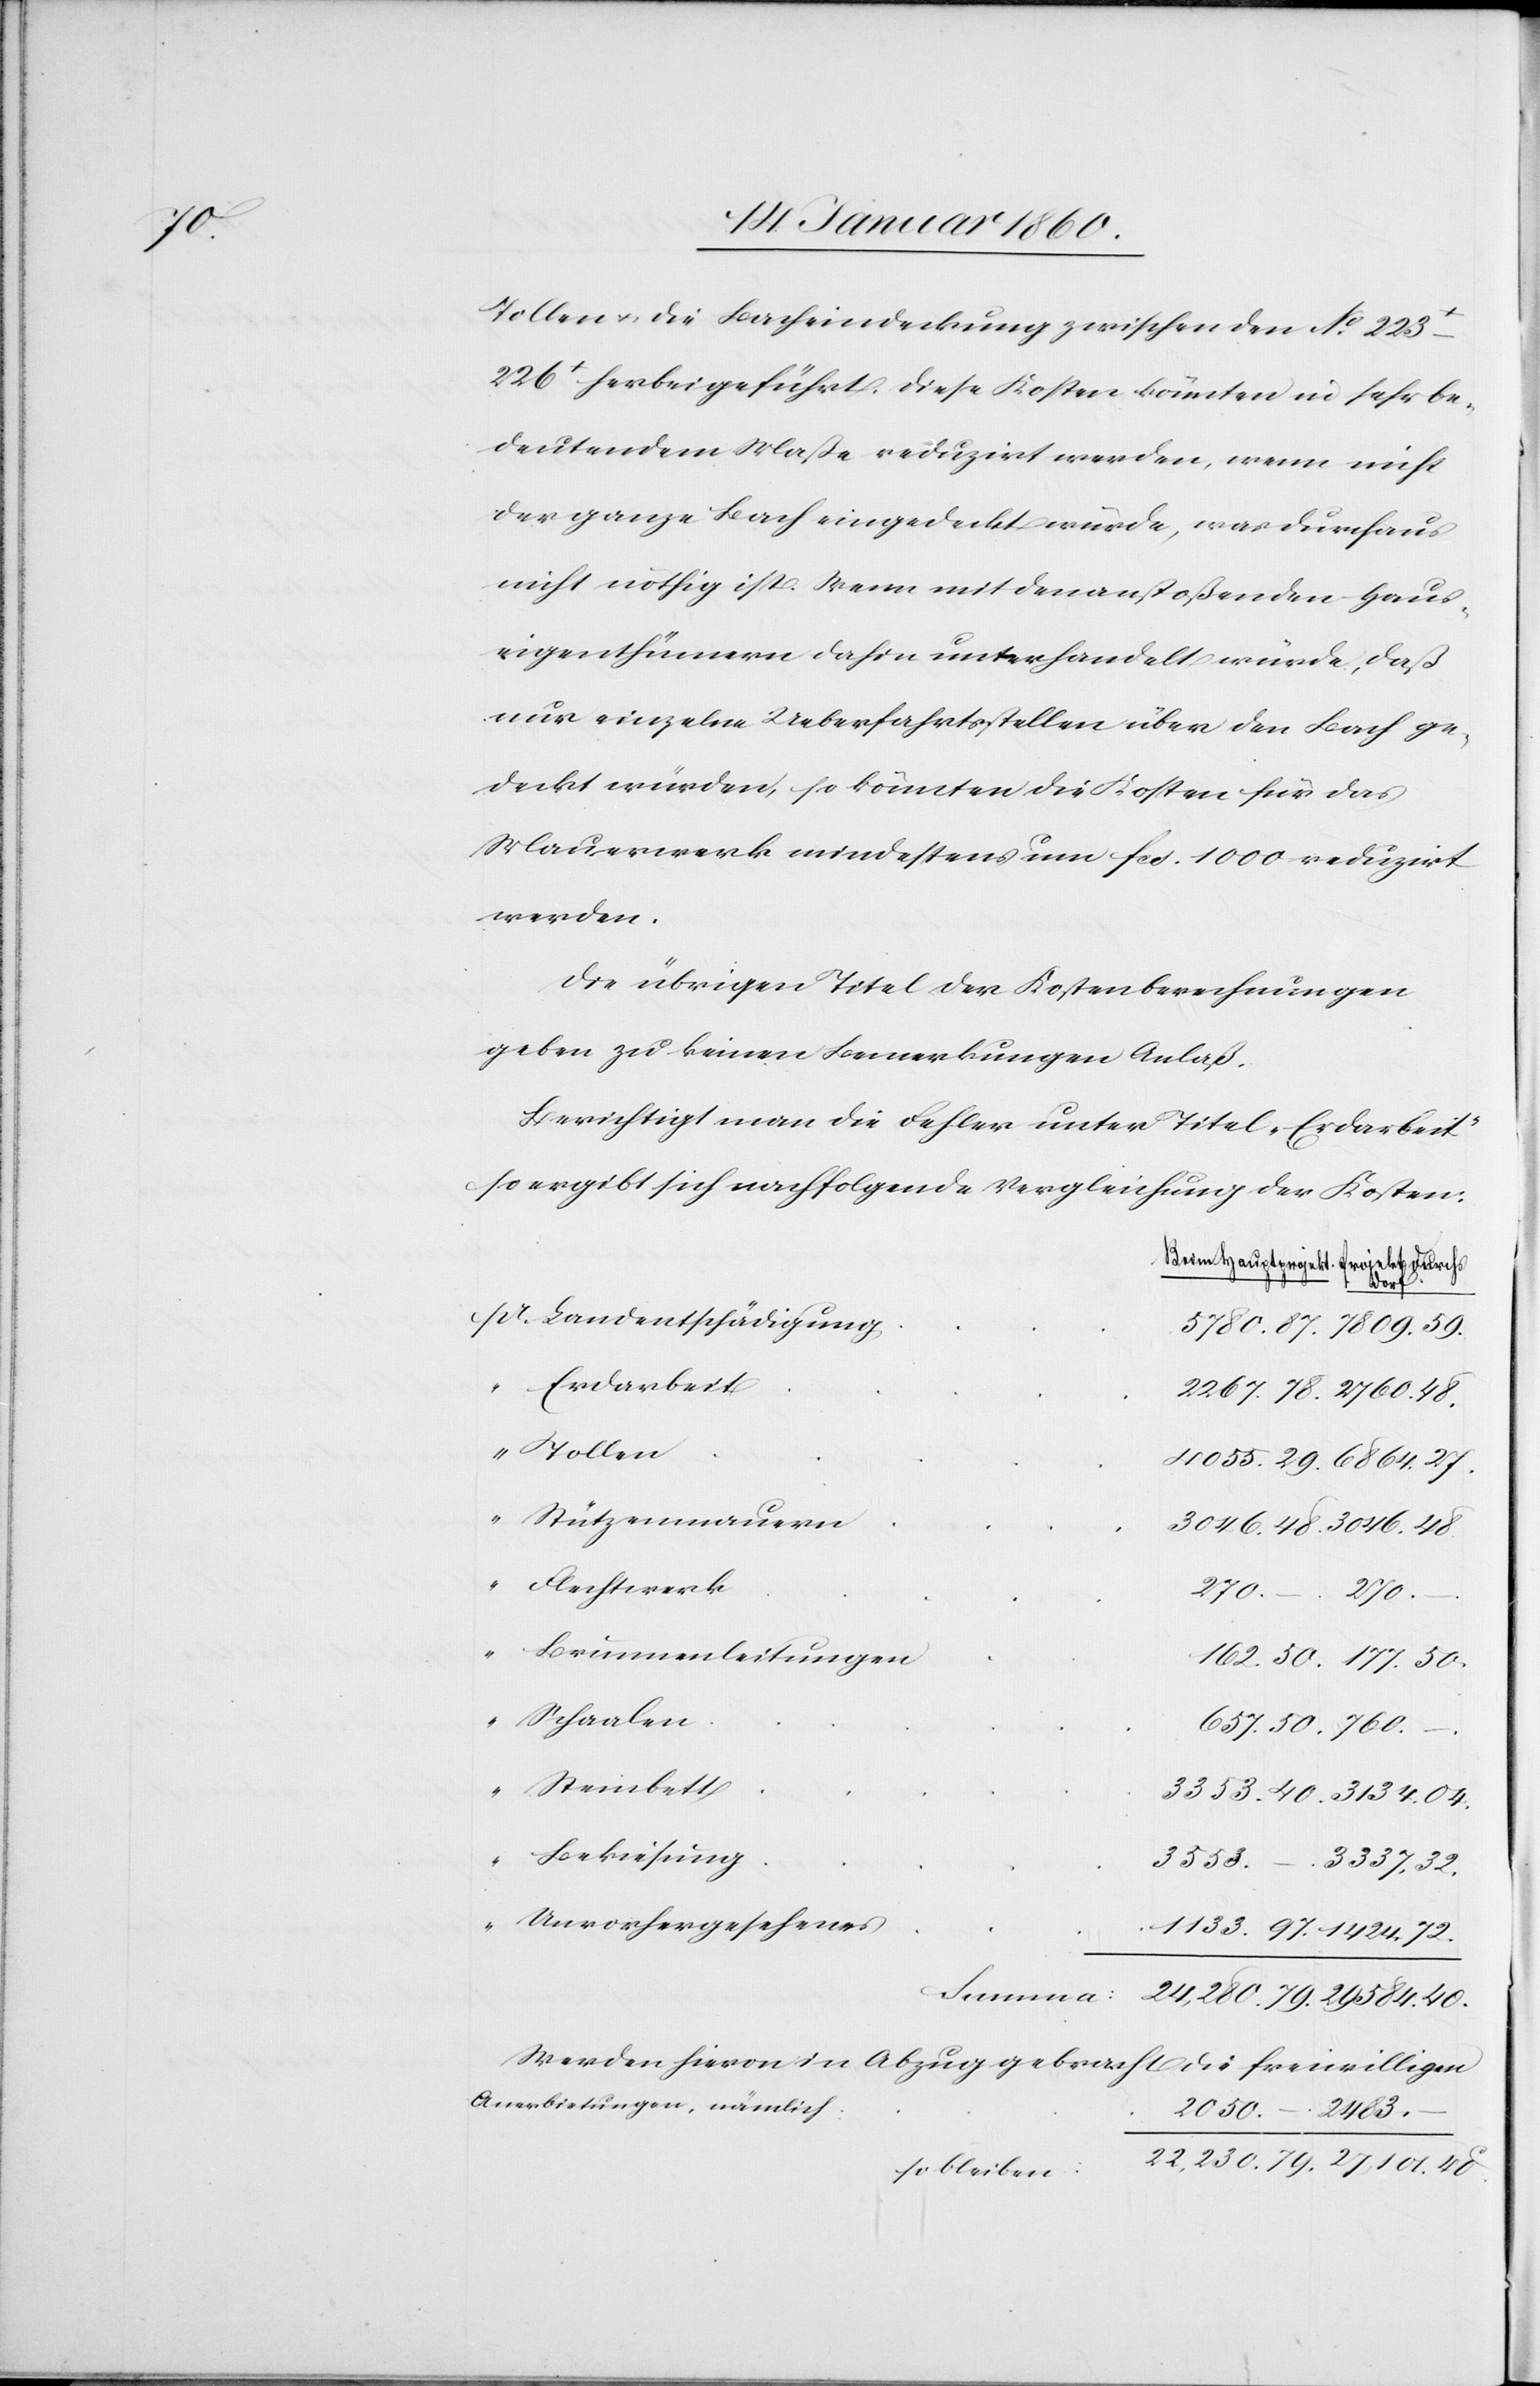
40.

Tollen u. die Bacheindeckung zwischen den No
223t–226t herbeigeführt. Diese Kosten könnten in sehr be¬
deutendem Maße reduzirt werden, wenn nicht
der ganze Bach eingedeckt würde, was durchaus
nicht nöthig ist. Wenn mit den anstoßenden Haus¬
eigenthümern dahin unterhandelt würde, daß
nur einzelne Ueberfahrsstellen über den Bach ge¬
deckt würden, so könnten die Kosten für das
Mauerwerk mindestens um fcs. 1000 reduzirt
werden.
Die übrigen Titel der Kostenberechnungen
geben zu keinen Bemerkungen Anlaß.
Berichtigt man die Fehler unter Titel „Erdarbeit“
so ergibt sich nachfolgende Vergleichung der Kosten:
Landentschädigung
Erdarbeit
Tollen
Stützenmauern
“
Flechtwerk
27,101.
79.
“
584.
Brunnenanleitungen
Schaalen
Steinbett
Bekiesung
Unvorhergesehenes
Summa
werden hiervon in Abzug gebracht die freiwilligen
Anerbietungen, nämlich:
–
so bleiben